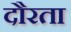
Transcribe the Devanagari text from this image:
दौरता